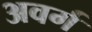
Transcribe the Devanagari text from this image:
अवर्ग